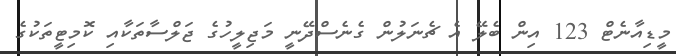
މީޑިއާނެޓް 123 އިން ބެލޭ އެ ޗެނަލުން ގެނެސްދޭނީ މަޖިލީހުގެ ޖަލްސާތަކާއި ކޮމިޓީތަކުގެ